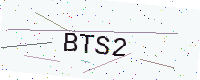
Text: BTS2